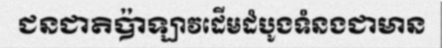
ជនជាតិប៉ាឡាវដើមដំបូងទំនងជាមាន